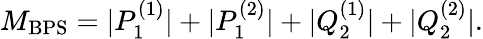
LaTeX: M_{\mathrm{BPS}}=|P_{1}^{(1)}|+|P_{1}^{(2)}|+|Q_{2}^{(1)}|+|Q_{2}^{(2)}|.